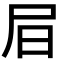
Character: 𡰶